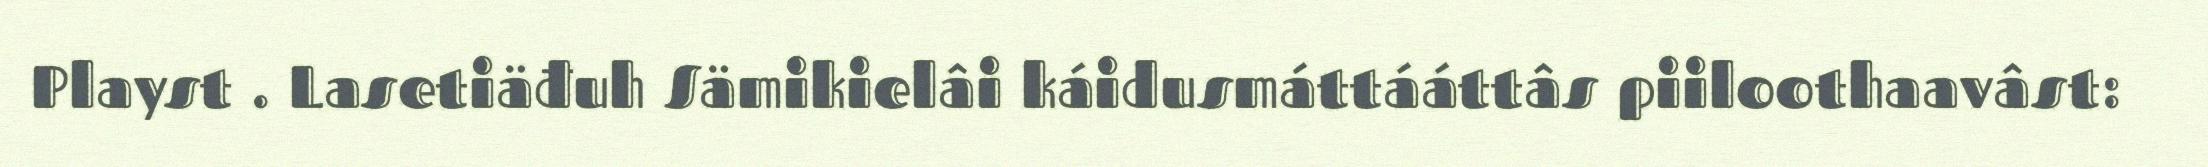
Playst . Lasetiäđuh Sämikielâi káidusmáttááttâs piiloothaavâst: